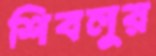
শিবলুর